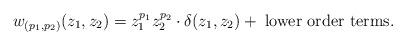
LaTeX: \begin{align*}w_{(p_1, p_2)}(z_1, z_2) = z_1^{p_1} z_2^{p_2} \cdot \delta(z_1, z_2) + \; \mbox{\rm lower order terms}.\;\end{align*}